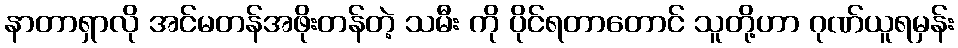
နာတာရှာလို အင်မတန်အဖိုးတန်တဲ့ သမီး ကို ပိုင်ရတာတောင် သူတို့ဟာ ဂုဏ်ယူရမှန်း